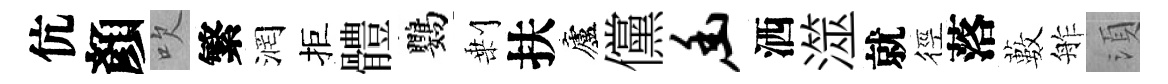
伉顏吹繁润拒體鸚剰扶廬儻幽洒澨就徑落藪舴湏